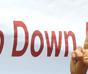
down